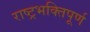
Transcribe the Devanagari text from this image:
राष्ट्रभक्तिपूर्ण